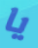
يا